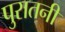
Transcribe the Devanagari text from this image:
पुरातनी